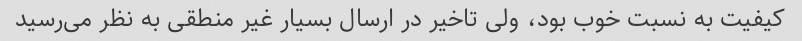
کیفیت به نسبت خوب بود، ولی تاخیر در ارسال بسیار غیر منطقی به نظر می‌رسید